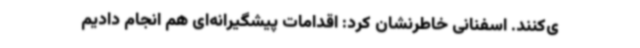
ی‌کنند. اسفنانی خاطرنشان کرد: اقدامات پیشگیرانه‌ای هم انجام دادیم